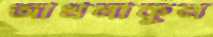
আখলাকুল